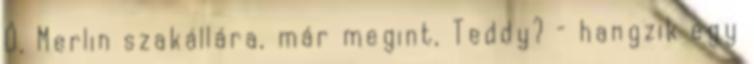
Ó, Merlin szakállára, már megint, Teddy? – hangzik egy